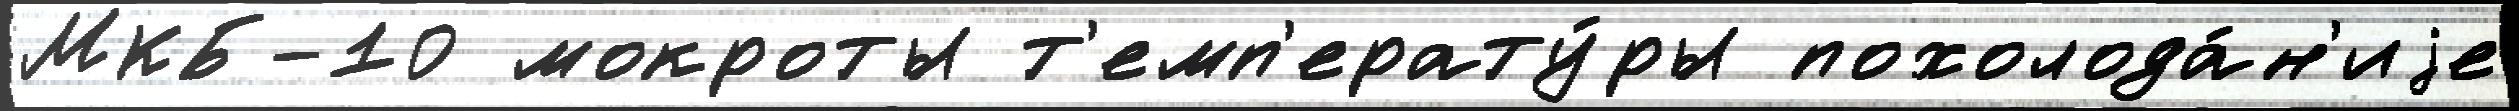
МКБ-10 мокроты т'емп'ерату́ры похолода́н'иjе